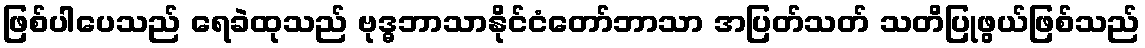
ဖြစ်ပါပေသည် ရေခဲထုသည် ဗုဒ္ဓဘာသာနိုင်ငံတော်ဘာသာ အပြတ်သတ် သတိပြုဖွယ်ဖြစ်သည်